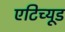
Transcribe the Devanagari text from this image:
एटिच्यूड